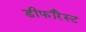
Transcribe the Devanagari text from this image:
डीफॉरेस्ट